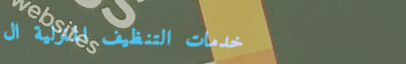
خدمات التنظيف المنزلية ال